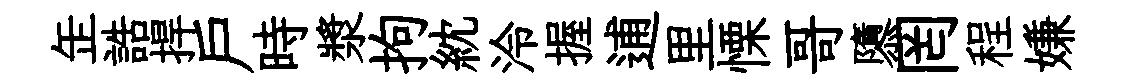
𦈢誥捍戸時漿拘紞泠握逋里慄哥隳罔程嫌